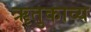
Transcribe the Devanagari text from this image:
ॠतुकाव्य